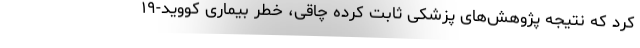
کرد که نتیجهٔ پژوهش‌های پزشکی ثابت کرده چاقی، خطر بیماری کووید-۱۹